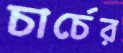
চার্চের